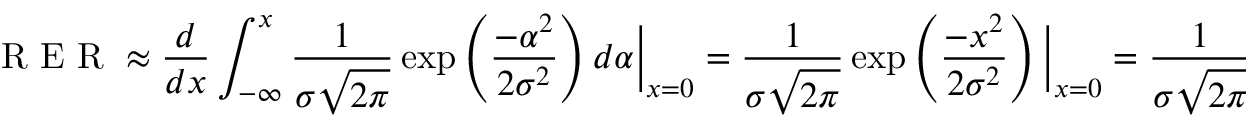
\mathrm { ~ R ~ E ~ R ~ } \approx \frac { d } { d x } \int _ { - \infty } ^ { x } \frac { 1 } { \sigma \sqrt { 2 \pi } } \exp \left( \frac { - \alpha ^ { 2 } } { 2 \sigma ^ { 2 } } \right) d \alpha \bigg \rvert _ { x = 0 } = \frac { 1 } { \sigma \sqrt { 2 \pi } } \exp \left( \frac { - x ^ { 2 } } { 2 \sigma ^ { 2 } } \right) \bigg \rvert _ { x = 0 } = \frac { 1 } { \sigma \sqrt { 2 \pi } } ,